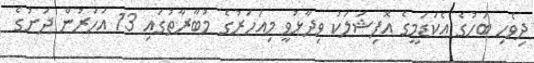
ދިވެހި ބަހުގެ އެކަޑަމީގެ އޮފިޝަލަކު ވިދާޅުވީ މިއަހަރުގެ މުބާރާތުގައި 13 އަހަރުން ދަށުގެ